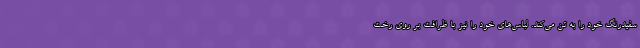
سفیدرنگ خود را به تن می‌کند. لباس‌های خود را نیز با ظرافت بر روی رخت